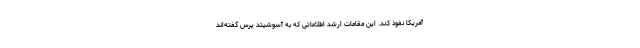
آمریکا نفوذ کند. این مقامات ارشد اطلاعاتی که به آسوشیتد پرس گفته‌اند